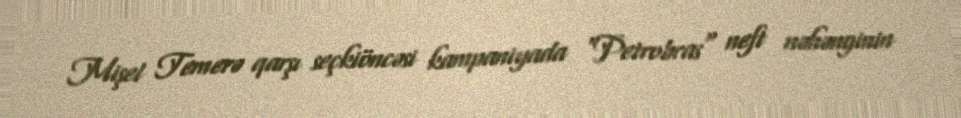
Mişel Temerə qarşı seçkiöncəsi kampaniyada "Petrobras" neft nəhənginin